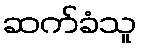
ဆက်ခံသူ